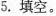
5.填空。